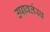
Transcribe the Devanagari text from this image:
उपावर्तस्व